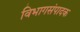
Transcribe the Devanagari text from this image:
विभागसंपादक